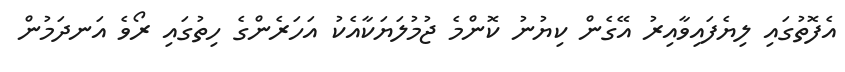
އެފޮތުގައި ލިޔެފައިވާއިރު އޭގެން ކިޔުނު ކޮންމެ ޖުމުލަޔަކާއެކު އަހަރެންގެ ހިތުގައި ރޯވެ އަނދަމުން